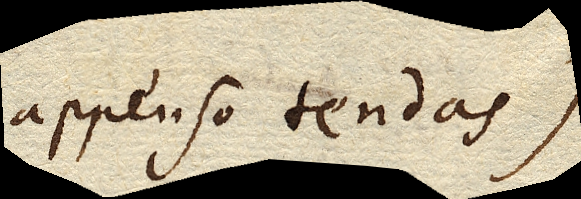
appenso tendas)